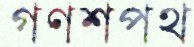
গণশপথ